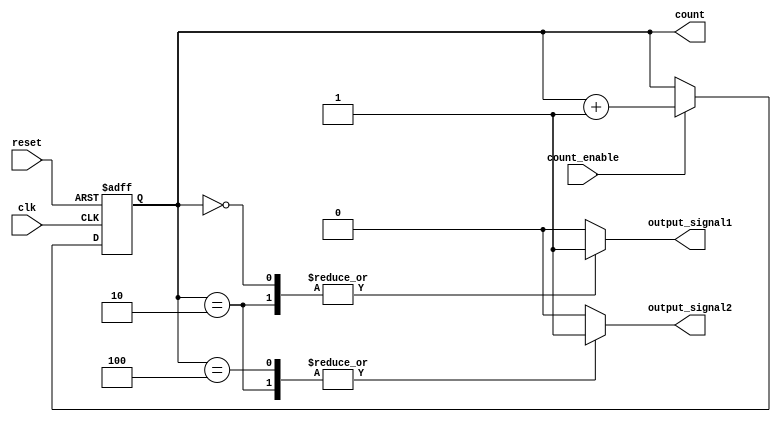
module synchronous_counter (
    input wire clk,                // Clock input
    input wire reset,              // Asynchronous reset input
    input wire count_enable,       // Count enable input
    output reg [3:0] count,        // 4-bit counter register
    output reg output_signal1,     // Output signal 1
    output reg output_signal2      // Output signal 2
);

// Asynchronous reset and synchronous counting
always @(posedge clk or posedge reset) begin
    if (reset) begin
        count <= 4'b0000;          // Reset counter to 0
    end else if (count_enable) begin
        count <= count + 1;        // Increment counter
    end
end

// Output control logic based on the current count value
always @(*) begin
    // Default output signals
    output_signal1 = 1'b0;
    output_signal2 = 1'b0;

    // Control logic based on count value
    case (count)
        4'b0000: begin
            output_signal1 = 1'b1;  // Activate output_signal1 for count 0
        end
        4'b0010: begin
            output_signal1 = 1'b1;  // Activate output_signal1 for count 2
            output_signal2 = 1'b1;  // Activate output_signal2 for count 2
        end
        4'b0100: begin
            output_signal2 = 1'b1;  // Activate output_signal2 for count 4
        end
        // Add more cases as needed for different count values
        default: begin
            output_signal1 = 1'b0;  // Deactivate output_signal1
            output_signal2 = 1'b0;  // Deactivate output_signal2
        end
    endcase
end

endmodule